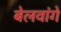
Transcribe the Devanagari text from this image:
बेलवांगे